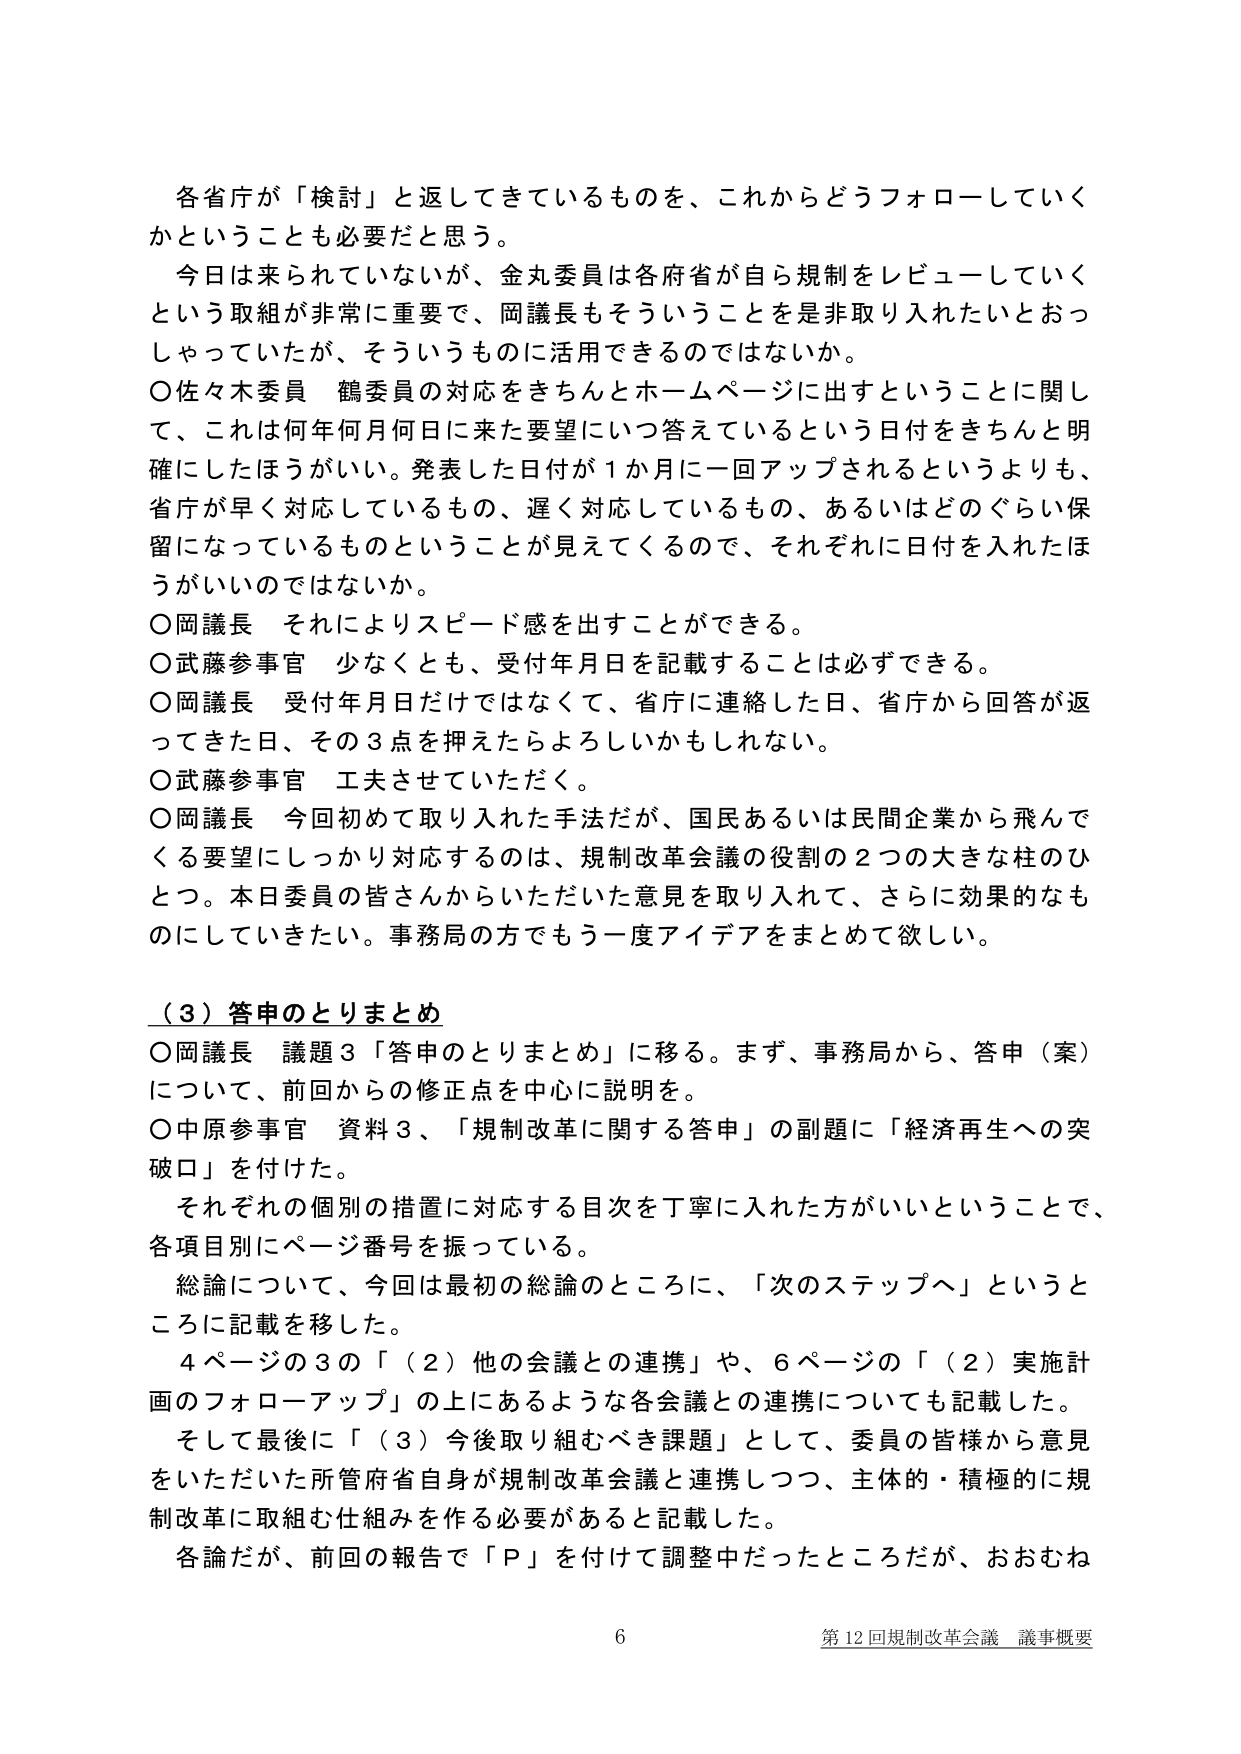
各省庁が「検討」と返してきているものを、これからどうフォローしていくかということも必要だと思う。

今日は来られていないが、金丸委員は各府省が自ら規制をレビューしていくという取組が非常に重要で、岡議長もそういうことを是非取り入れたいとおっしゃっていたが、そういうものに活用できるのではないかな。

○佐々木委員 鶴委員の対応をきちんとホームページに出すということに関して、これは何年何月何日に来た要望にいつ答えているという日付をきちんと明確にしたほうがいい。発表した日付が1か月に一回アップされるというよりも、省庁が早く対応しているもの、遅く対応しているもの、あるいはどのぐらい保留になっているものということが見えてくるので、それぞれに日付を入れたほうがいいのではないか。

○岡議長 それによりスピード感を出すことができる。

○武藤参事官 少なくとも、受付年月日を記載することは必ずできる。

○岡議長 受付年月日だけではなくて、省庁に連絡した日、省庁から回答が返ってきた日、その3点を押えたらよろしいかもしれない。

○武藤参事官 工夫させていただく。

○岡議長 今回初めて取り入れた手法だが、国民あるいは民間企業から飛んでくる要望にしっかり対応するのは、規制改革会議の役割の2つの大きな柱のひとつ。本日委員の皆さんからいただいた意見を取り入れて、さらに効果的なものにしていきたい。事務局の方でもう一度アイデアをまとめて欲しい。

（3）答申のとりまとめ

○岡議長 議題3「答申のとりまとめ」に移る。まず、事務局から、答申（案）について、前回からの修正点を中心に説明を。

○中原参事官 資料3、「規制改革に関する答申」の副題に「経済再生への突破口」を付けた。

それぞれの個別の措置に対応する目次を丁寧に入れた方がいいということで、各項目別にページ番号を振っている。

総論について、今回は最初の総論のところに、「次のステップへ」というところに記載を移した。

4ページの3の「（2）他の会議との連携」や、6ページの「（2）実施計画のフォローアップ」の上にあるような各会議との連携についても記載した。

そして最後に「（3）今後取り組むべき課題」として、委員の皆様から意見をいただいた所管府省自身が規制改革会議と連携しつつ、主体的・積極的に規制改革に取組む仕組みを作る必要があると記載した。

各論だが、前回の報告で「P」を付けて調整中だったところだが、おおむね

6 第12回規制改革会議 議事概要